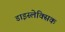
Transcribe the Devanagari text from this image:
डाइस्लेक्सिक